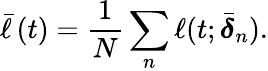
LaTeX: \bar{\ell}\left(t\right)=\frac{1}{N}\sum_{n}\ell(t;\bar{\boldsymbol\delta}_{n}).